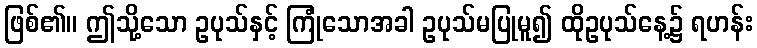
ဖြစ်၏။ ဤသို့သော ဥပုသ်နှင့် ကြုံသောအခါ ဥပုသ်မပြုမူ၍ ထိုဥပုသ်နေ့၌ ရဟန်း